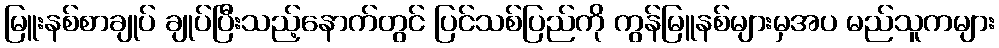
မြူးနစ်စာချုပ် ချုပ်ပြီးသည့်နောက်တွင် ပြင်သစ်ပြည်ကို ကွန်မြူနစ်များမှအပ မည်သူကများ